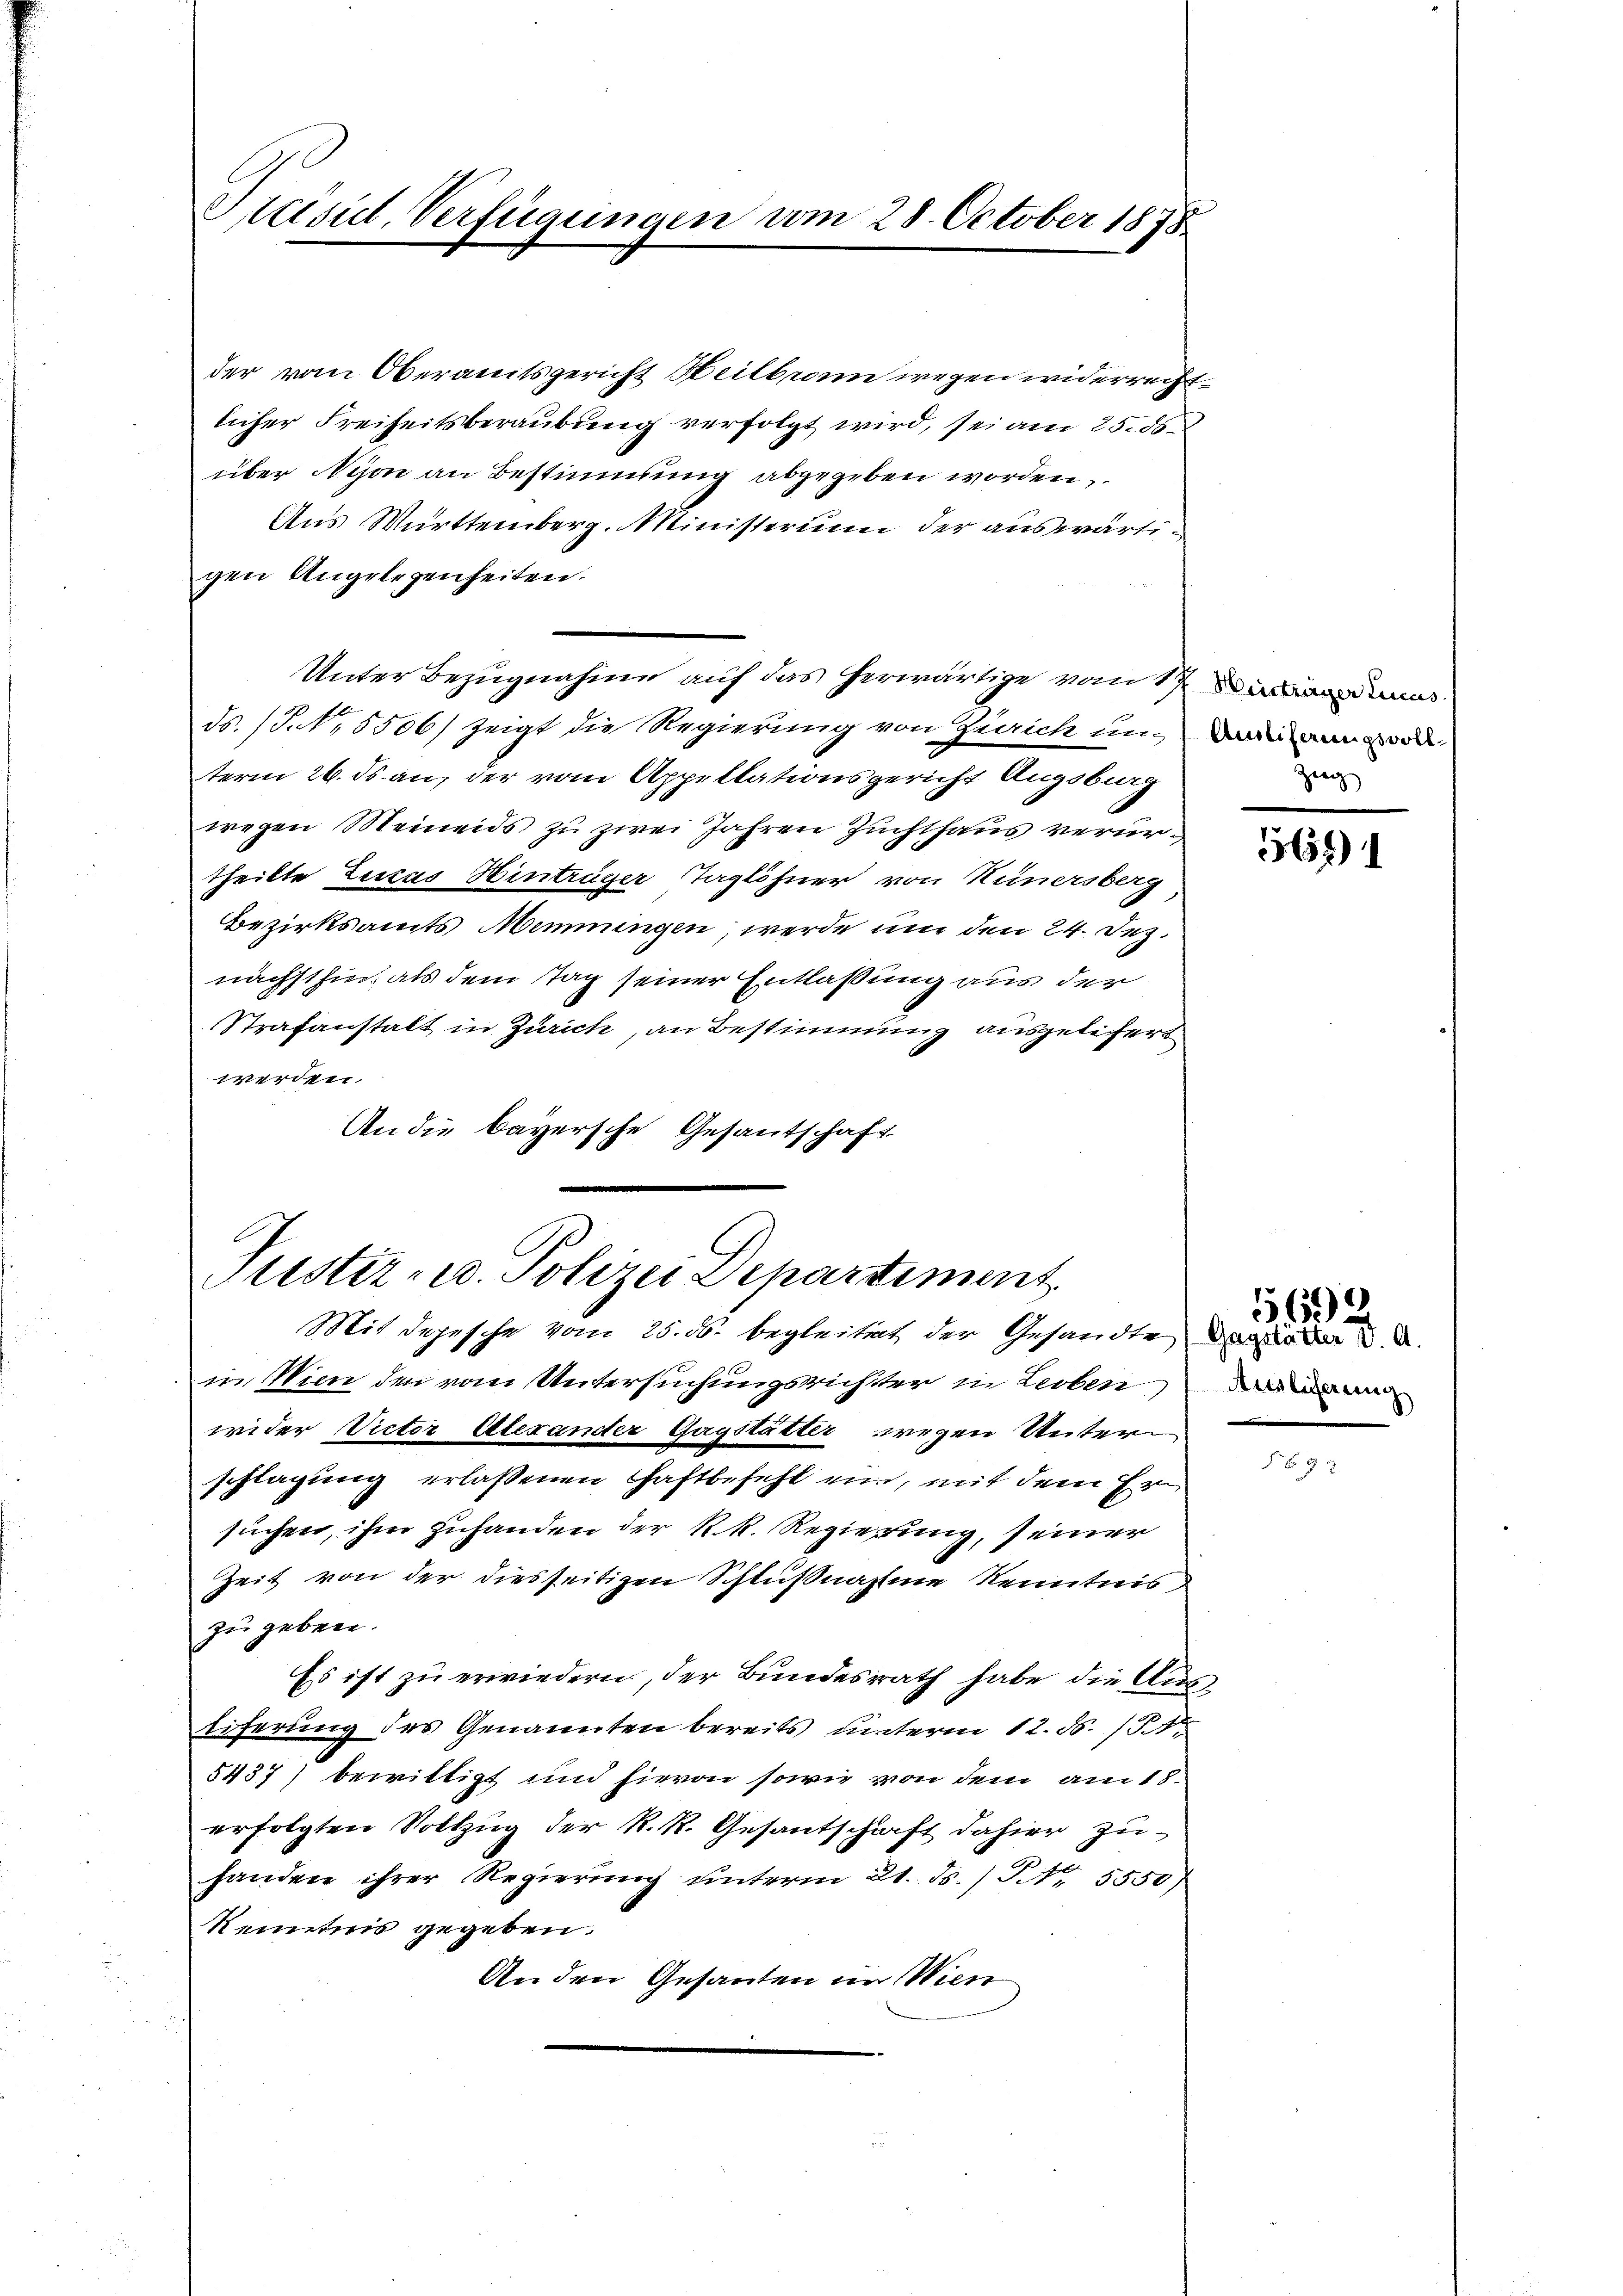
Präsid. Verfügungen vom 28. October 1878

der vom Oberamtsgericht Heilbrann wegen widerrecht
licher Freiheitsberaubung verfolgt wird, sei am 25. ds.
über Nison an Bestimmung abgegeben worden,
Aus Württemberg. Ministerium der auswärtigen Angelegenheiten.
Unter Bezugnahme auf das herwärtige vom 17. andes
6
ds. (T. 5506) zeigt die Regierung von Zürich unterm 26. ds an, der vom Appellationsgericht Augsburg
wegen Meinends zu zwei Jahren Zuchthaus verurtheilte Lucas Hinträger Taglöhner von Kunersberg
Bezirksamts Memmingen, werde um den 24. Dez.
nächsthin als dem Tag seiner Entlaßung aus der
Strafanstalt in Zürich, an Bestimmung ausgelitert
werden.
An die bayersche Gesantschaft-

Justiz- u. Polizei Departiment
Mit depesche vom 25. ds. begleitet der Gesandte darüber 2. d.

Amsliferungsvoll¬
Zug

b

in Wien den vom Untersuchungsrichter in Leoben we
wider Victor Alexanter Gagstätter wegen Unterschlagung erlassenen Haftbefehl ein, mit dem Ersuchen, ihm zuhanden der R. R. Regierung, seiner
Zeit von der diesseitigen Schlußnahme Kenntnis
zu geben.
Es ist zu erwiedern, der Bundesrath habe die Aus¬
Eiferung des Genannten bereits unterm 12. d. 151.
5437) bewittigt und hievon sowie von dem am 18.
erfolgten Vollzug der R. R. Gesantschaft dahier zuhanden ihrer Regierŭng ŭnterm 21. ds. / Nr. 5550)
Renntnis gegeben.
Anden Gesanten im Wien

5644

5692